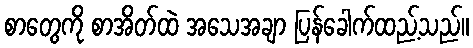
စာတွေကို စာအိတ်ထဲ အသေအချာ ပြန်ခေါက်ထည့်သည်။